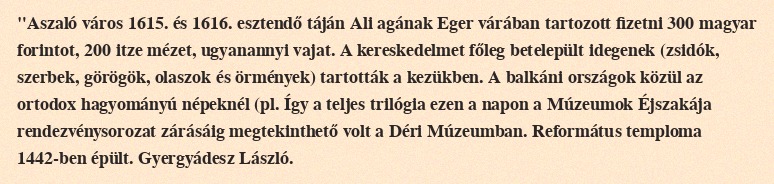
"Aszaló város 1615. és 1616. esztendő táján Ali agának Eger várában tartozott fizetni 300 magyar forintot, 200 itze mézet, ugyanannyi vajat. A kereskedelmet főleg betelepült idegenek (zsidók, szerbek, görögök, olaszok és örmények) tartották a kezükben. A balkáni országok közül az ortodox hagyományú népeknél (pl. Így a teljes trilógia ezen a napon a Múzeumok Éjszakája rendezvénysorozat zárásáig megtekinthető volt a Déri Múzeumban. Református temploma 1442-ben épült. Gyergyádesz László.